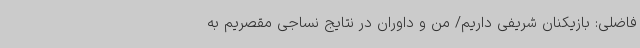
فاضلی: بازیکنان شریفی داریم/ من و داوران در نتایج نساجی مقصریم به